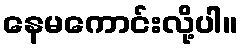
နေမကောင်းလို့ပါ။